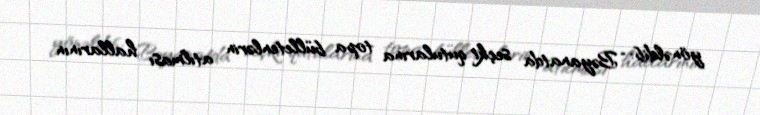
yönəldib: “Bəyanatda seçki qutularına topa bülletenlərin atılması hallarının